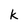
Character: k